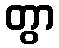
တွာ